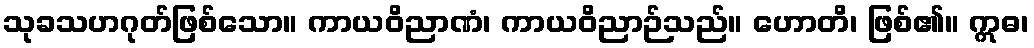
သုခသဟဂုတ်ဖြစ်သော။ ကာယဝိညာဏံ၊ ကာယဝိညာဉ်သည်။ ဟောတိ၊ ဖြစ်၏။ ဣဓ၊